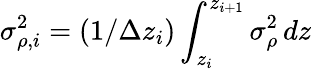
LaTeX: \sigma_{\rho,i}^{2}=(1/\Delta z_{i})\int_{z_{i}}^{z_{i+1}}\sigma_{\rho}^{2}\, dz